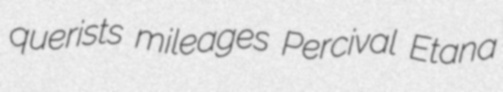
querists mileages Percival Etana